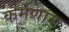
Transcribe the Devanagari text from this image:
कर्मणाम